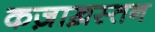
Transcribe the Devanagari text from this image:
कज़ाख़स्तन